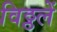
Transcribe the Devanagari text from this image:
विठ्ठलें